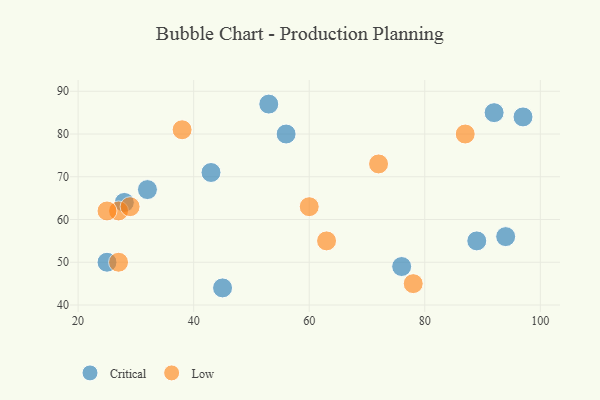
{"axis": {"x": "GDP", "y": "Life Expectancy"}, "legend": ["Critical", "Low"], "data": [{"x": "92", "y": 85, "type": "Critical"}, {"x": "56", "y": 80, "type": "Critical"}, {"x": "97", "y": 84, "type": "Critical"}, {"x": "43", "y": 71, "type": "Critical"}, {"x": "28", "y": 64, "type": "Critical"}, {"x": "53", "y": 87, "type": "Critical"}, {"x": "76", "y": 49, "type": "Critical"}, {"x": "32", "y": 67, "type": "Critical"}, {"x": "45", "y": 44, "type": "Critical"}, {"x": "89", "y": 55, "type": "Critical"}, {"x": "94", "y": 56, "type": "Critical"}, {"x": "25", "y": 50, "type": "Critical"}, {"x": "60", "y": 63, "type": "Low"}, {"x": "27", "y": 62, "type": "Low"}, {"x": "63", "y": 55, "type": "Low"}, {"x": "25", "y": 62, "type": "Low"}, {"x": "29", "y": 63, "type": "Low"}, {"x": "87", "y": 80, "type": "Low"}, {"x": "72", "y": 73, "type": "Low"}, {"x": "38", "y": 81, "type": "Low"}, {"x": "78", "y": 45, "type": "Low"}, {"x": "27", "y": 50, "type": "Low"}]}